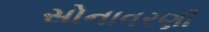
સોનાવરણી